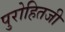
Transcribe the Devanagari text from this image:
पुरोहितजी